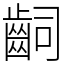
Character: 𪗪